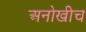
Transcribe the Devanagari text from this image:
अनोखीच